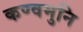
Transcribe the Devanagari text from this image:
कण्वमुनि